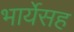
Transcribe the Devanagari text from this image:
भार्येसह